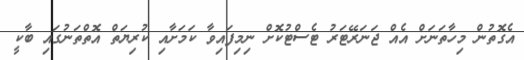
އެގޮތުން މިހާތަނަށް އެއް ޖަނަރޭޓަރު ޓެސްޓުކޮށް ނިމިފައިވާ ކަމަށާއި ކުރިޔަތް އޮތްތަނުގައި ބާކީ